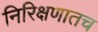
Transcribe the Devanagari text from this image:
निरिक्षणातच